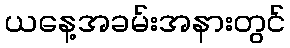
ယနေ့အခမ်းအနားတွင်